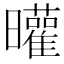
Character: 𣌓